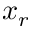
x _ { r }